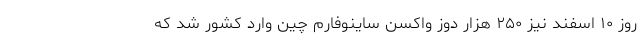
روز ۱۰ اسفند نیز ۲۵۰ هزار دوز واکسن ساینوفارم چین وارد کشور شد که